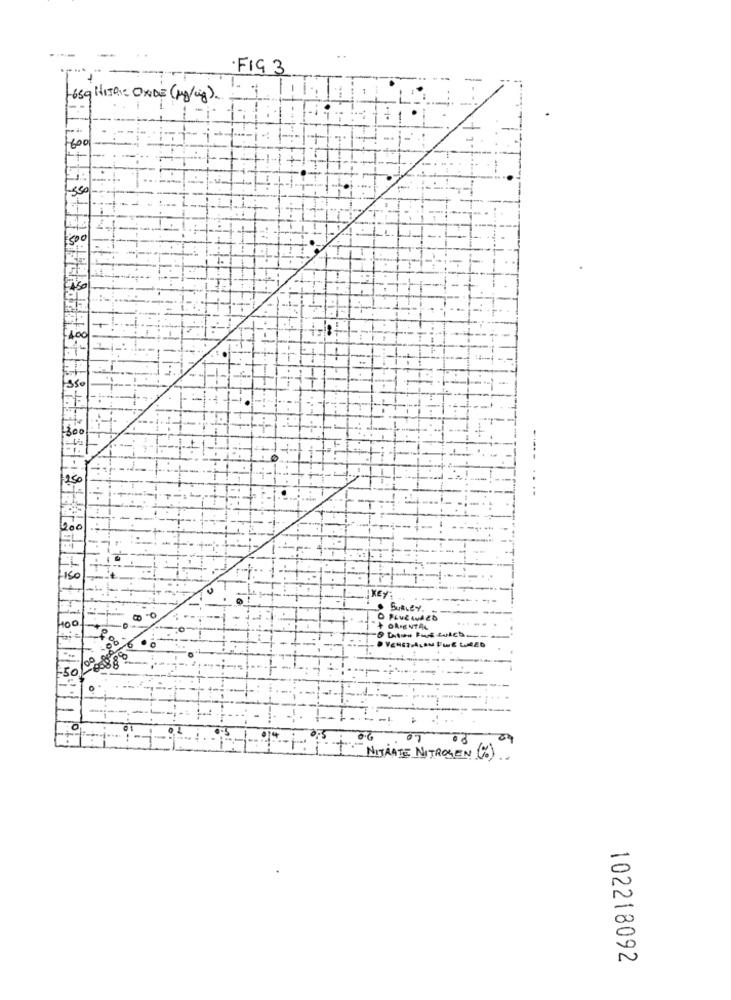
·FIG 3
-659 HIJO: OXIDE (Mg/kg).
foc
100
...
T:
KEY:
Sut.By.
+ ORIENTA4
2.88
2.0
04
NITRATE NITROGEN (%).
102218092